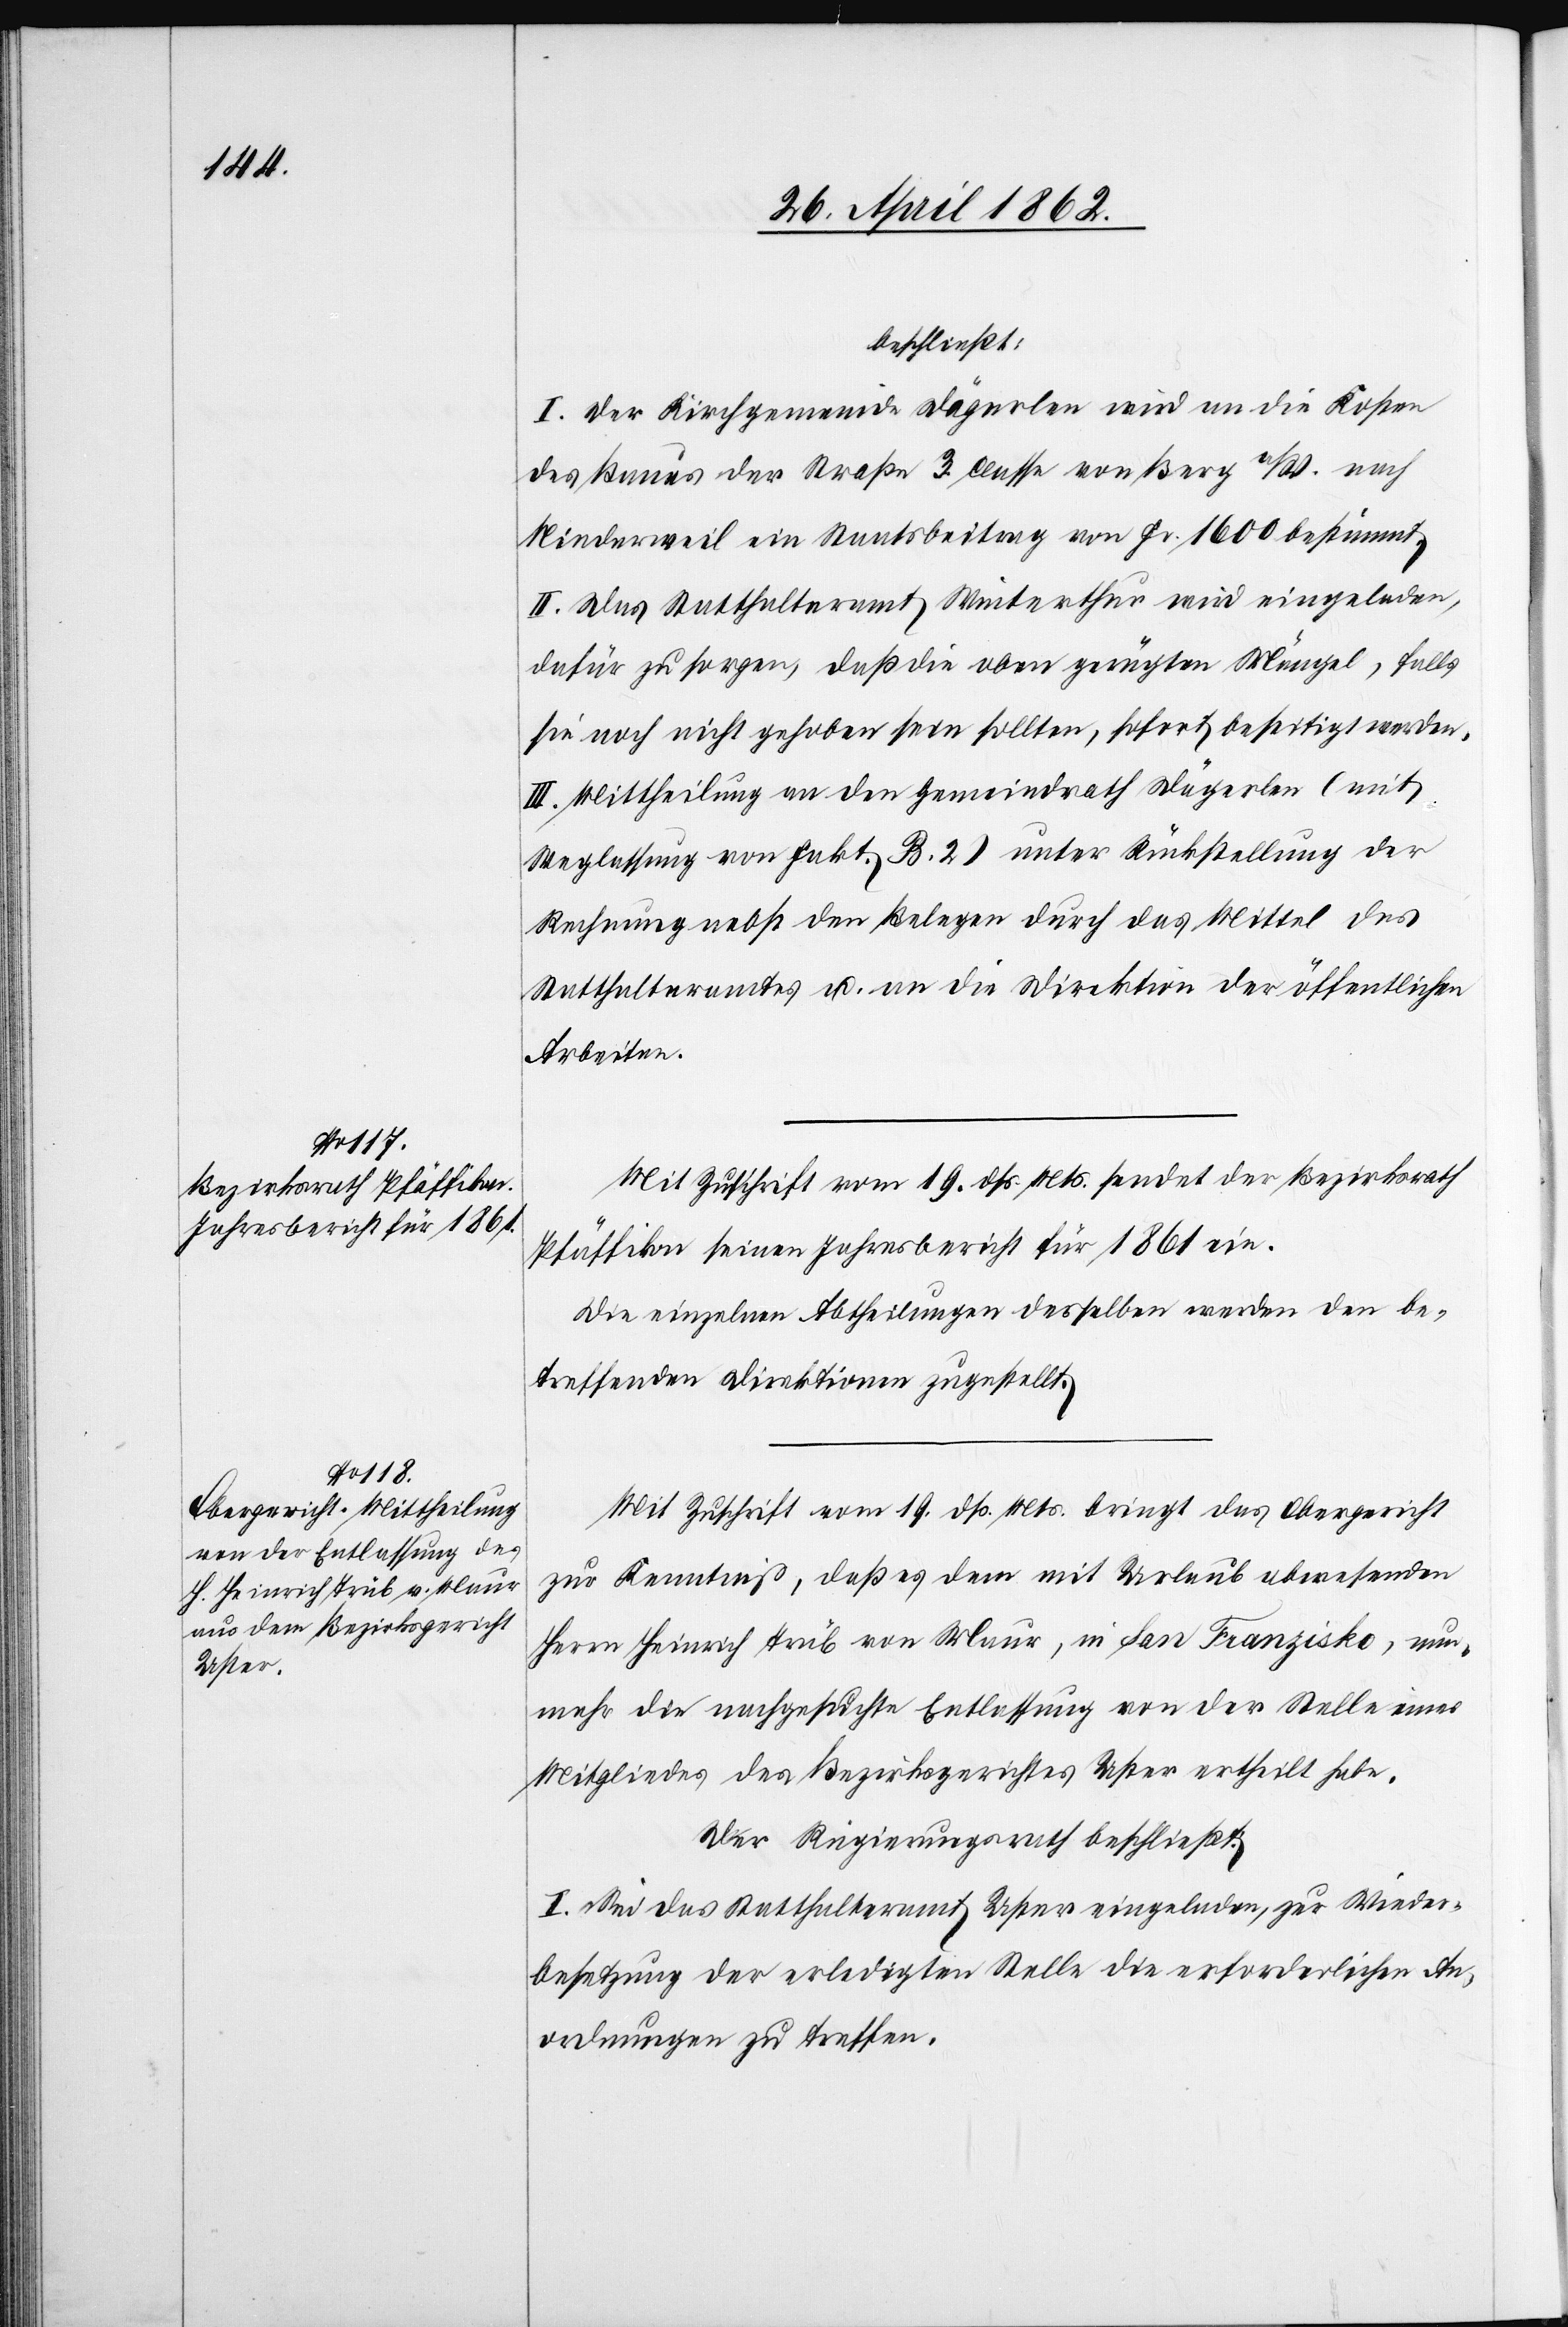
beschließt:
I. Der Kirchgemeinde Dägerlen wird an die Kosten
des Baues der Straße 3. Classe von Berg a/W. nach
Niedersweil ein Staatsbeitrag von Fr. 1600 bestimmt.
II. Das Statthalteramt Winterthur wird eingeladen,
dafür zu sorgen, daß die oben gerügten Mängel, falls
sie noch nicht gehoben sein sollten, sofort beseitigt werden.
III. Mittheilung an den Gemeindrath Dägerlen (mit
Weglassung von Fakt. B. 2) unter Rückstellung der
Rechnung nebst den Belegen durch das Mittel des
Statthalteramtes u. an die Direktion der öffentlichen
Arbeiten.
Mit Zuschrift vom 19. dß. Mts. sendet der Bezirksrath
Pfäffikon seinen Jahresbericht für 1861 ein.
Die einzelnen Abtheilungen desselben werden den be¬
treffenden Direktionen zugestellt.
Mit Zuschrift vom 19. dß. Mts. bringt das Obergericht
zur Kenntniß, daß es dem mit Urlaub abwesenden
Herrn Heinrich Trüb von Maur, in San Franzisko, nun¬
mehr die nachgesuchte Entlassung von der Stelle eines
Mitgliedes des Bezirksgerichtes Uster ertheilt habe.
Der Regierungsrath beschließt:
I. Sei das Statthalteramt Uster eingeladen, zur Wider¬
besetzung der erledigten Stelle die erforderlichen An¬
ordnungen zu treffen.